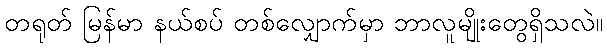
တရုတ် မြန်မာ နယ်စပ် တစ်လျှောက်မှာ ဘာလူမျိုးတွေရှိသလဲ။